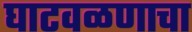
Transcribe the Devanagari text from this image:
घाटवळणाचा